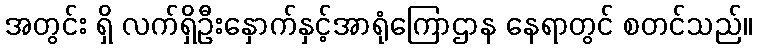
အတွင်း ရှိ လက်ရှိဦးနှောက်နှင့်အာရုံကြောဌာန နေရာတွင် စတင်သည်။